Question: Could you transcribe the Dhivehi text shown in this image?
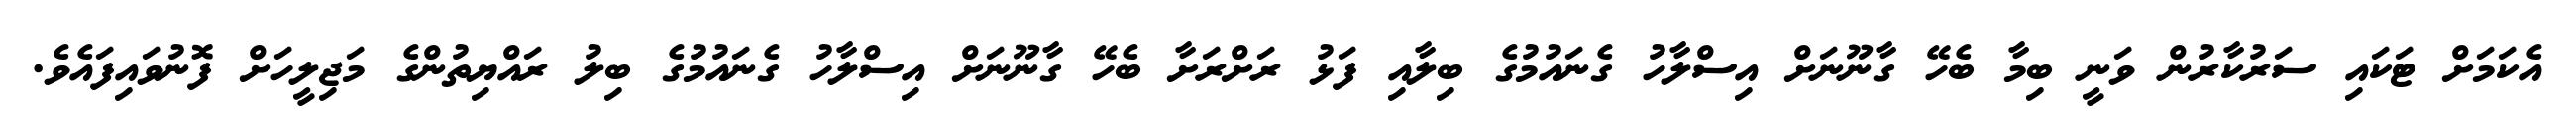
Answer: އެކަމަށް ޓަކައި ސަރުކާރުން ވަނީ ބިމާ ބެހޭ ގާނޫނަށް އިސްލާހު ގެނައުމުގެ ބިލާއި ފަޅު ރަށްރަށާ ބެހޭ ގާނޫނަށް އިސްލާހު ގެނައުމުގެ ބިލު ރައްޔިތުންގެ މަޖިލީހަށް ފޮނުވައިފައެވެ.